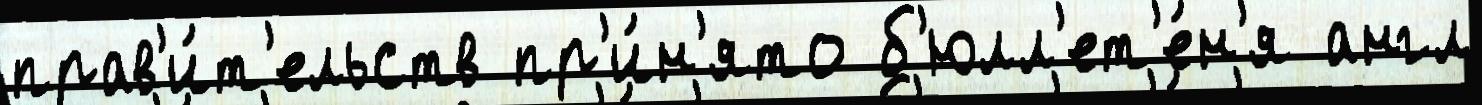
прав'и́т'ельств пр'и́н'ято б'юлл'ет'е́н'я англ